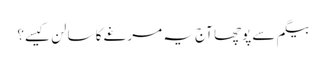
بیگم سے پوچھا آج یہ مرغے کا سالن کیسے؟